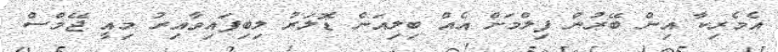
އެމެރިކާ އިން ބޭރުން ފިލްމަށް އެއް ބިލިއަން ޑޮލަރު ލިބިފައިވާއިރު މިއީ ޖޭމްސް